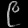
Digit: ၉